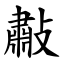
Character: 㪩